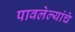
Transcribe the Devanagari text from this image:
पावलेल्यांचे